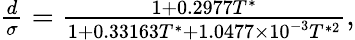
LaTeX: \begin{array}{r}{\frac{d}{\sigma}=\frac{1+0.2977T^{*}}{1+0.33163T^{*}+1.0477\times 10^{-3}T^{*2}},}\end{array}